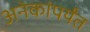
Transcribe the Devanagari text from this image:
अनेकांपर्यंत